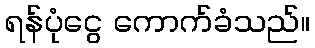
ရန်ပုံငွေ ကောက်ခံသည်။